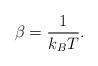
LaTeX: \begin{align*} \beta = \frac{1}{k_B T}.\end{align*}